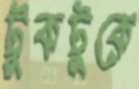
টুকটুকে